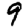
Digit: 9